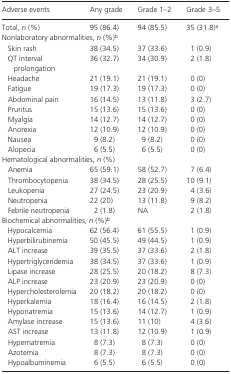
<table><thead><tr><td><b>Adverse events</b></td><td><b>Any grade</b></td><td><b>Grade 1–2</b></td><td><b>Grade 3–5</b></td></tr></thead><tbody><tr><td>Total, <i>n</i> (%)</td><td>95 (86.4)</td><td>94 (85.5)</td><td>35 (31.8)a</td></tr><tr><td colspan="4">Nonlaboratory abnormalities, <i>n</i> (%)b</td></tr><tr><td>Skin rash</td><td>38 (34.5)</td><td>37 (33.6)</td><td>1 (0.9)</td></tr><tr><td>QT interval prolongation</td><td>36 (32.7)</td><td>34 (30.9)</td><td>2 (1.8)</td></tr><tr><td>Headache</td><td>21 (19.1)</td><td>21 (19.1)</td><td>0 (0)</td></tr><tr><td>Fatigue</td><td>19 (17.3)</td><td>19 (17.3)</td><td>0 (0)</td></tr><tr><td>Abdominal pain</td><td>16 (14.5)</td><td>13 (11.8)</td><td>3 (2.7)</td></tr><tr><td>Pruritus</td><td>15 (13.6)</td><td>15 (13.6)</td><td>0 (0)</td></tr><tr><td>Myalgia</td><td>14 (12.7)</td><td>14 (12.7)</td><td>0 (0)</td></tr><tr><td>Anorexia</td><td>12 (10.9)</td><td>12 (10.9)</td><td>0 (0)</td></tr><tr><td>Nausea</td><td>9 (8.2)</td><td>9 (8.2)</td><td>0 (0)</td></tr><tr><td>Alopecia</td><td>6 (5.5)</td><td>6 (5.5)</td><td>0 (0)</td></tr><tr><td colspan="4">Hematological abnormalities, <i>n</i> (%)</td></tr><tr><td>Anemia</td><td>65 (59.1)</td><td>58 (52.7)</td><td>7 (6.4)</td></tr><tr><td>Thrombocytopenia</td><td>38 (34.5)</td><td>28 (25.5)</td><td>10 (9.1)</td></tr><tr><td>Leukopenia</td><td>27 (24.5)</td><td>23 (20.9)</td><td>4 (3.6)</td></tr><tr><td>Neutropenia</td><td>22 (20)</td><td>13 (11.8)</td><td>9 (8.2)</td></tr><tr><td>Febrile neutropenia</td><td>2 (1.8)</td><td>NA</td><td>2 (1.8)</td></tr><tr><td colspan="4">Biochemical abnormalities, <i>n</i> (%)b</td></tr><tr><td>Hypocalcemia</td><td>62 (56.4)</td><td>61 (55.5)</td><td>1 (0.9)</td></tr><tr><td>Hyperbilirubinemia</td><td>50 (45.5)</td><td>49 (44.5)</td><td>1 (0.9)</td></tr><tr><td>ALT increase</td><td>39 (35.5)</td><td>37 (33.6)</td><td>2 (1.8)</td></tr><tr><td>Hypertriglyceridemia</td><td>38 (34.5)</td><td>37 (33.6)</td><td>1 (0.9)</td></tr><tr><td>Lipase increase</td><td>28 (25.5)</td><td>20 (18.2)</td><td>8 (7.3)</td></tr><tr><td>ALP increase</td><td>23 (20.9)</td><td>23 (20.9)</td><td>0 (0)</td></tr><tr><td>Hypercholesterolemia</td><td>20 (18.2)</td><td>20 (18.2)</td><td>0 (0)</td></tr><tr><td>Hyperkalemia</td><td>18 (16.4)</td><td>16 (14.5)</td><td>2 (1.8)</td></tr><tr><td>Hyponatremia</td><td>15 (13.6)</td><td>14 (12.7)</td><td>1 (0.9)</td></tr><tr><td>Amylase increase</td><td>15 (13.6)</td><td>11 (10)</td><td>4 (3.6)</td></tr><tr><td>AST increase</td><td>13 (11.8)</td><td>12 (10.9)</td><td>1 (0.9)</td></tr><tr><td>Hypernatremia</td><td>8 (7.3)</td><td>8 (7.3)</td><td>0 (0)</td></tr><tr><td>Azotemia</td><td>8 (7.3)</td><td>8 (7.3)</td><td>0 (0)</td></tr><tr><td>Hypoalbuminemia</td><td>6 (5.5)</td><td>6 (5.5)</td><td>0 (0)</td></tr></tbody></table>